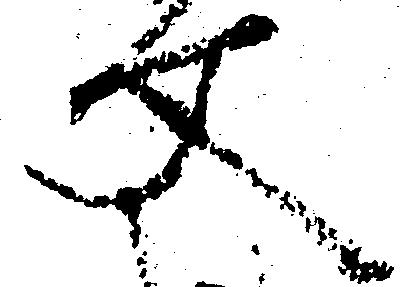
文